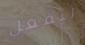
ليفعل